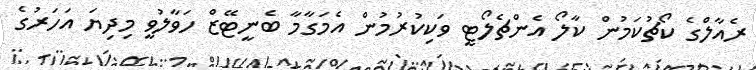
ރެއާލްގެ ކޯޗުކަމުން ކާލޯ އެންޗެލޯޓީ ވަކިކުރުމުން އެމަގާމާ ބެނީޓޭޒް ހަވާލުވީ މިދިޔަ އަހަރުގެ